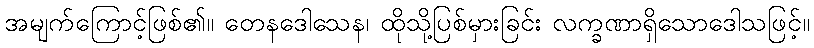
အမျက်ကြောင့်ဖြစ်၏။ တေနဒေါသေန၊ ထိုသို့ပြစ်မှားခြင်း လက္ခဏာရှိသောဒေါသဖြင့်။